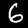
Label: 6